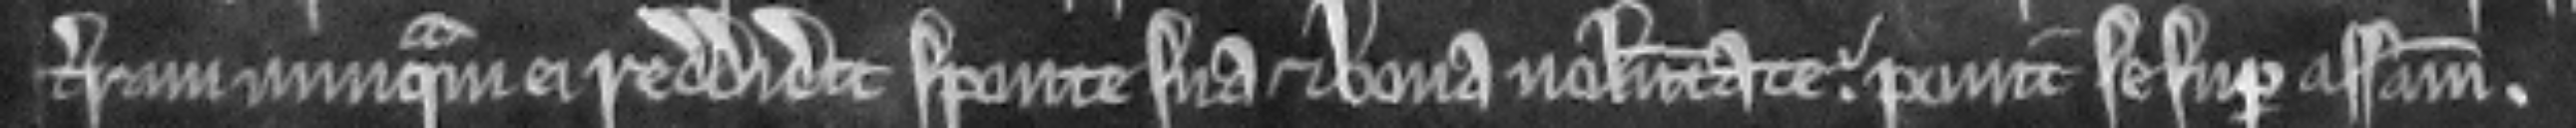
terram nunquam ei reddidit sponte sua et bona voluntate. ponit se super assisam.